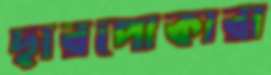
ছারপোকারা